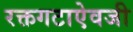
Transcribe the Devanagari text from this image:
रक्तगटाऐवजी